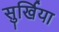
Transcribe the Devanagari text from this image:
सुर्खिया